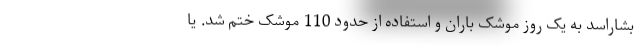
بشاراسد به یک روز موشک باران و استفاده از حدود 110 موشک ختم شد. یا